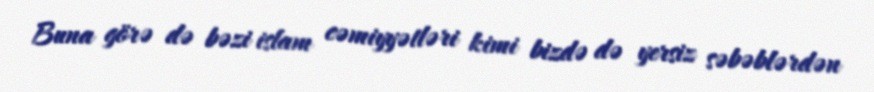
Buna görə də bəzi islam cəmiyyətləri kimi bizdə də yersiz səbəblərdən